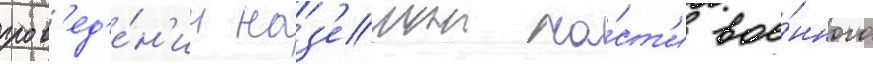
пров'ед'е́н'ии наз'емнои ча́ст'и вое́нного